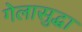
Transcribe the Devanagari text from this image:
गेलासुद्धा